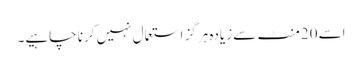
اسے 20منٹ سے زیادہ ہرگز استعمال نہیں کرنا چاہیے۔